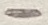
Text: -